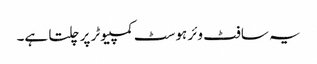
یہ سافٹ وئر ہوسٹ کمپیوٹر پر چلتا ہے۔